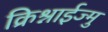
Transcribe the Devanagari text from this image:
क्रिश्नाईज्मु